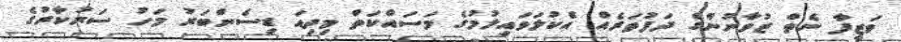
ވަޒީފާ ނެތް ޒުވާނުންގެ ދަފުތަރެއް އެކުލަވައިލުމުގެ މަސައްކަތް މިދިއަ ޑިސެންބަރު މަހު ސަރުކާރުގެ